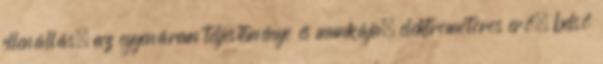
ellenállás, az egyenáram teljesítménye és munkája, elektromotoros erő, belső